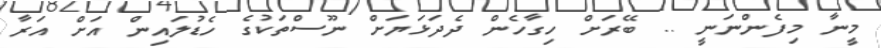
މީނާ މިފެންނަނީ .. ބޭރަށް ހިގާހެން ދެދަޅަޔަށް ނޫސްތަކުގެ ހެޑުލައިން އަށް އަރާ